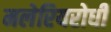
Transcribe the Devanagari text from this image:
मलेरियरोधी